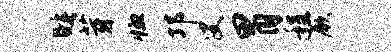
睡芽恤邛叟胃程厥